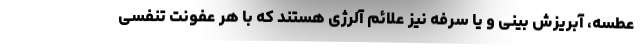
عطسه، آبریزش بینی و یا سرفه نیز علائم آلرژی هستند که با هر عفونت تنفسی